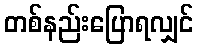
တစ်နည်းပြောရလျှင်